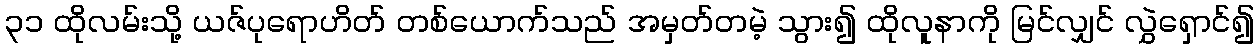
၃၁ ထိုလမ်းသို့ ယဇ်ပုရောဟိတ် တစ်ယောက်သည် အမှတ်တမဲ့ သွား၍ ထိုလူနာကို မြင်လျှင် လွှဲရှောင်၍